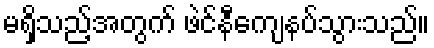
မရှိသည့်အတွက် ဖဲင်နီကျေနပ်သွားသည်။